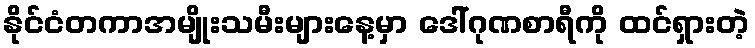
နိုင်ငံတကာအမျိုးသမီးများနေ့မှာ ဒေါ်ဂုဏစာရီကို ထင်ရှားတဲ့